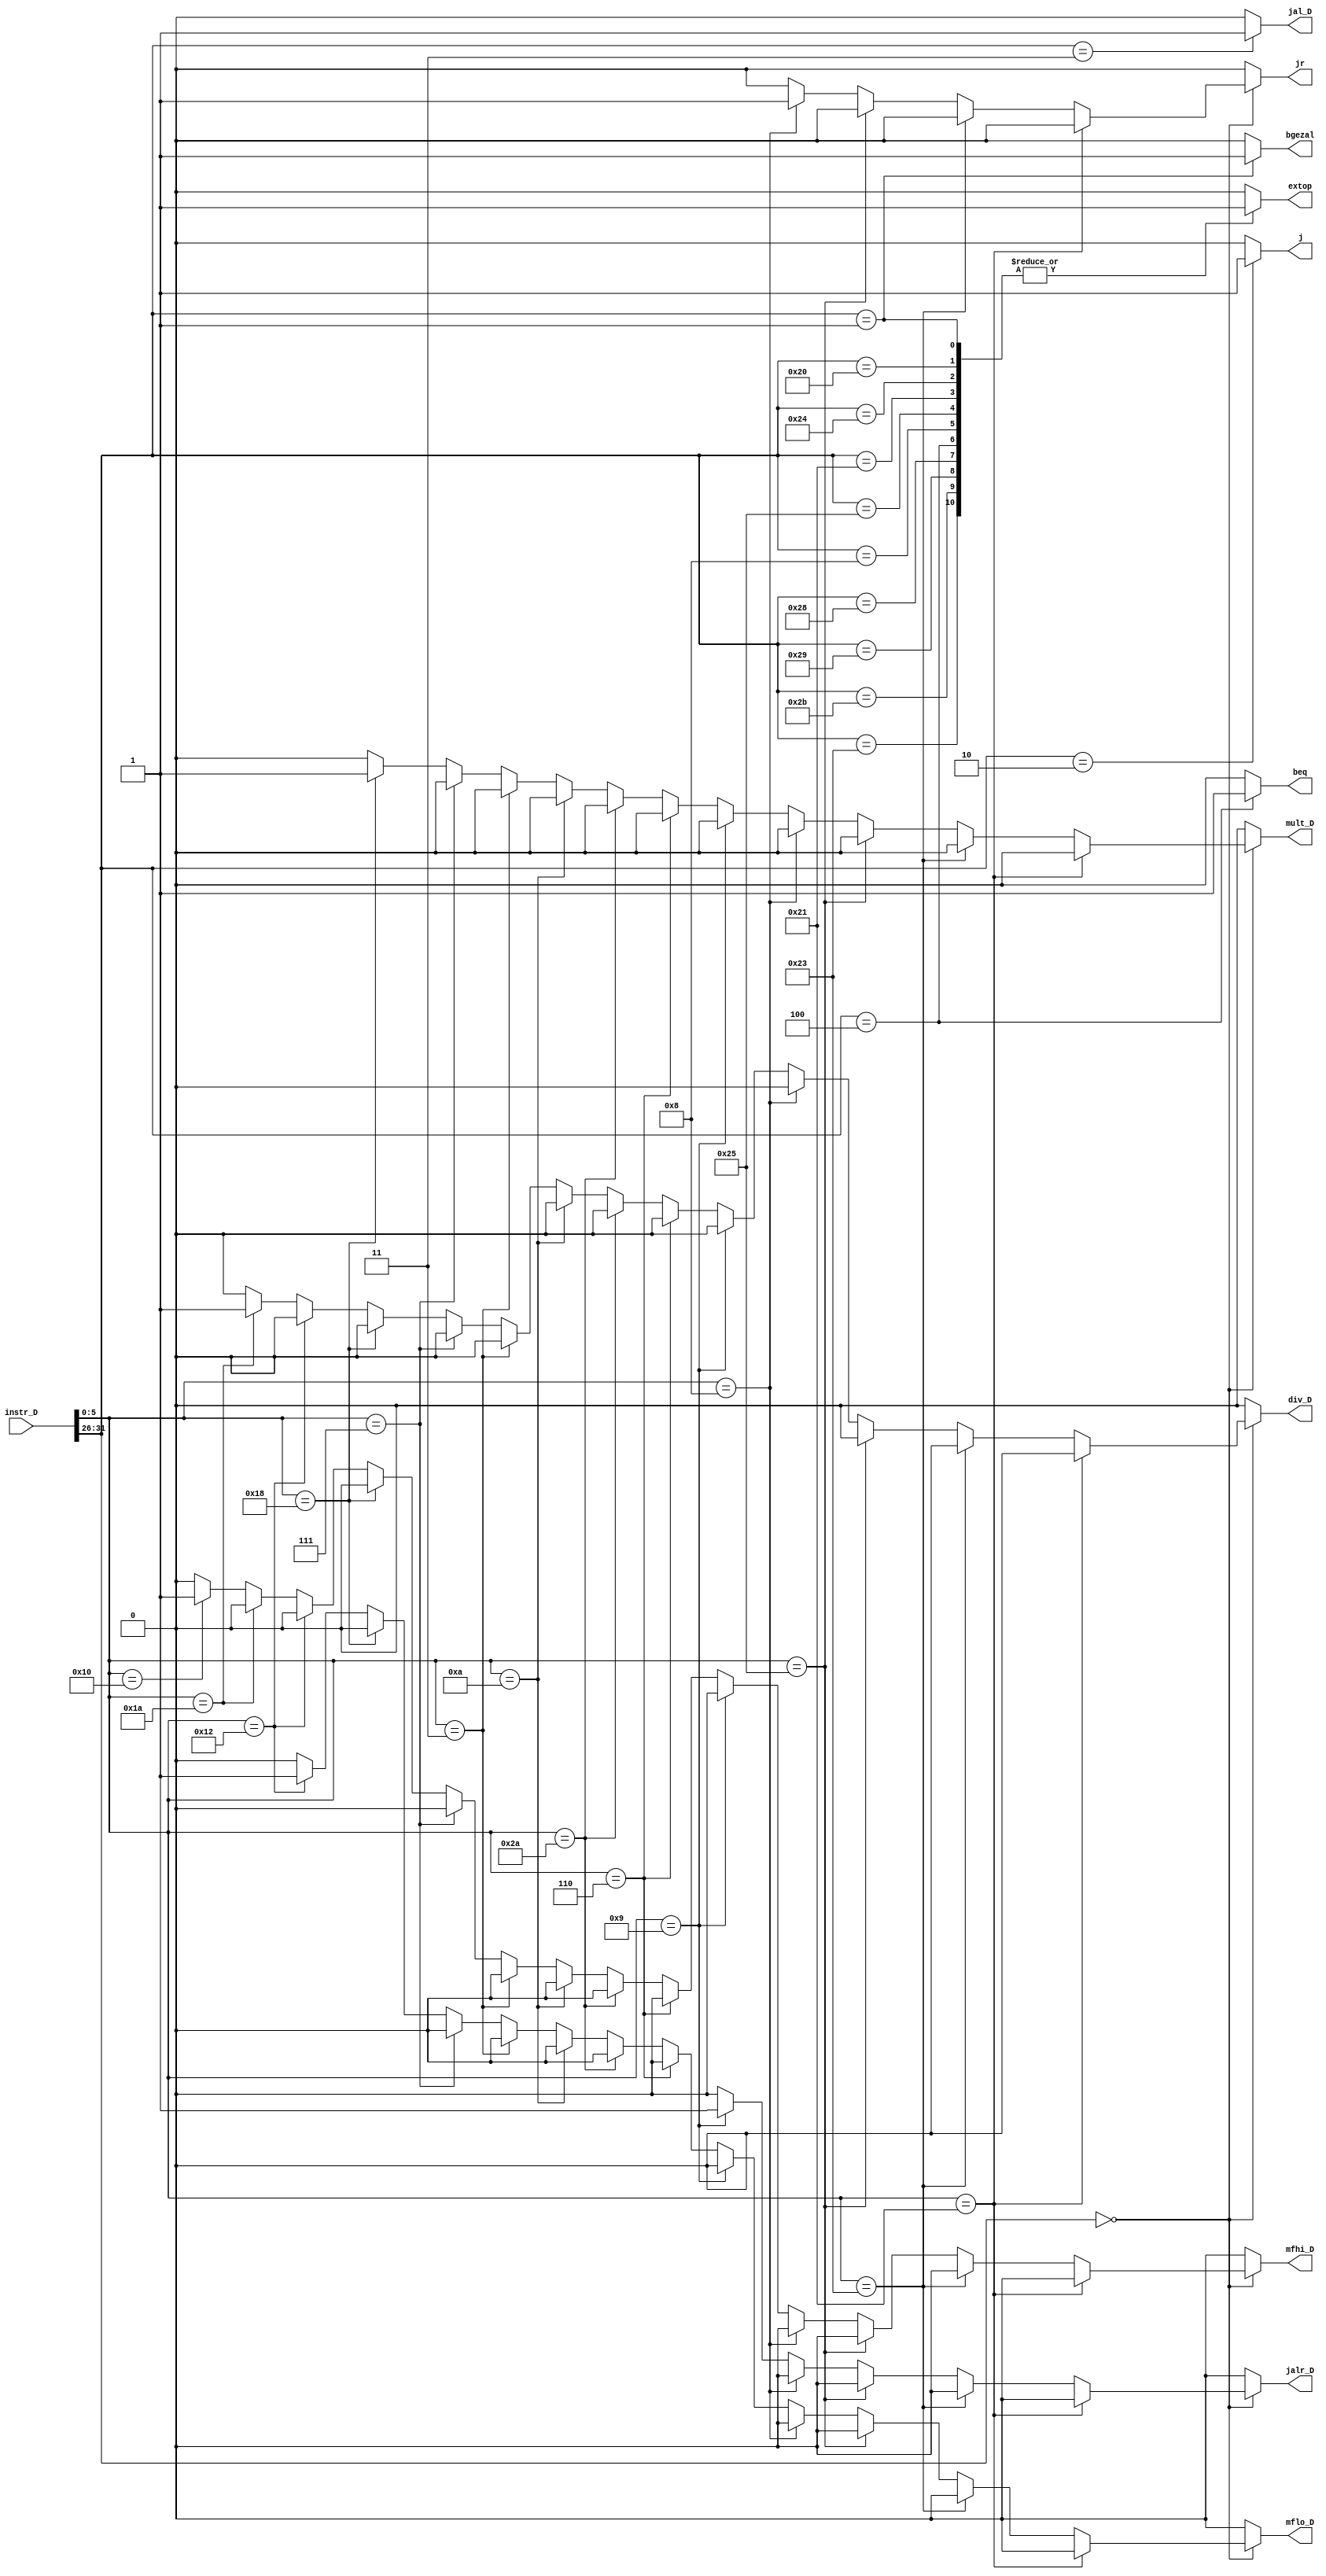
`timescale 1ns / 1ps
//////////////////////////////////////////////////////////////////////////////////
// Company: 
// Engineer: 
// 
// Design Name: 
// Module Name:    control 
// Project Name: 
// Target Devices: 
// Tool versions: 
// Description: 
//
// Dependencies: 
//
// Revision: 
// Revision 0.01 - File Created
// Additional Comments: 
//
//////////////////////////////////////////////////////////////////////////////////
module control(
    input [31:0] instr_D,
    //output reg [31:0] instr_E,
    output reg beq,
	 output reg jr,
	 output reg extop,
	 //output reg jal,
	 output reg j,
	 output reg jal_D,
	 output reg bgezal,
	 output reg mult_D,
	 output reg div_D,
	 output reg mflo_D,
	 output reg mfhi_D,
	 output reg jalr_D
    );
	 always @ * begin
		case(instr_D[31:26])
		6'b000000:begin
			if(instr_D[5:0]==6'b100001)begin
				beq = 0;
				extop = 0;
				jr = 0;
				//jal = 0;
				j = 0;
				jal_D = 0;
				jalr_D = 0;
				bgezal = 0;
				mult_D = 0;
				mflo_D = 0;
				div_D = 0;
				mfhi_D = 0;
			end
			else if(instr_D[5:0]==6'b100011)begin
				beq = 0;
				extop = 0;
				jr = 0;
				//jal = 0;
				j = 0;
				jal_D = 0;
				jalr_D = 0;
				bgezal = 0;
				mult_D = 0;
				mflo_D = 0;
				div_D = 0;
				mfhi_D = 0;
			end
			else if(instr_D[5:0]==6'b100101)begin
				beq = 0;
				extop = 0;
				jr = 0;
				//jal = 0;
				j = 0;
				jal_D = 0;
				jalr_D = 0;
				bgezal = 0;
				mult_D = 0;
				mflo_D = 0;
				div_D = 0;
				mfhi_D = 0;
			end
			else if(instr_D[5:0]==6'b001000)begin
				beq = 0;
				extop = 0;
				jr = 1;
				//jal = 0;
				j = 0;
				jal_D = 0;
				jalr_D = 0;
				bgezal = 0;
				mult_D = 0;
				mflo_D = 0;
				div_D = 0;
				mfhi_D = 0;
			end
			else if(instr_D[5:0]==6'b001001)begin
				beq = 0;
				extop = 0;
				jr = 0;
				//jal = 0;
				j = 0;
				jal_D = 0;
				jalr_D = 1;
				bgezal = 0;
				mult_D = 0;
				mflo_D = 0;
				div_D = 0;
				mfhi_D = 0;
			end
			else if(instr_D[5:0]==6'b000110)begin
				beq = 0;
				extop = 0;
				jr = 0;
				//jal = 0;
				j = 0;
				jal_D = 0;
				jalr_D = 0;
				bgezal = 0;
				mult_D = 0;
				mflo_D = 0;
				div_D = 0;
				mfhi_D = 0;
			end
			else if(instr_D[5:0]==6'b101010)begin
				beq = 0;
				extop = 0;
				jr = 0;
				//jal = 0;
				j = 0;
				jal_D = 0;
				jalr_D = 0;
				bgezal = 0;
				mult_D = 0;
				mflo_D = 0;
				div_D = 0;
				mfhi_D = 0;
			end
			else if(instr_D[5:0]==6'b001010)begin
				beq = 0;
				extop = 0;
				jr = 0;
				//jal = 0;
				j = 0;
				jal_D = 0;
				jalr_D = 0;
				bgezal = 0;
				mult_D = 0;
				mflo_D = 0;
				div_D = 0;
				mfhi_D = 0;
			end
			else if(instr_D[5:0]==6'b000011)begin
				beq = 0;
				extop = 0;
				jr = 0;
				//jal = 0;
				j = 0;
				jal_D = 0;
				jalr_D = 0;
				bgezal = 0;
				mult_D = 0;
				mflo_D = 0;
				div_D = 0;
				mfhi_D = 0;
			end
			else if(instr_D[5:0]==6'b000111)begin
				beq = 0;
				extop = 0;
				jr = 0;
				//jal = 0;
				j = 0;
				jal_D = 0;
				jalr_D = 0;
				bgezal = 0;
				mult_D = 0;
				mflo_D = 0;
				div_D = 0;
				mfhi_D = 0;
			end
			else if(instr_D[5:0]==6'b011000)begin
				beq = 0;
				extop = 0;
				jr = 0;
				//jal = 0;
				j = 0;
				jal_D = 0;
				jalr_D = 0;
				bgezal = 0;
				mult_D = 1;
				mflo_D = 0;
				div_D = 0;
				mfhi_D = 0;
			end
			else if(instr_D[5:0]==6'b010010)begin
				beq = 0;
				extop = 0;
				jr = 0;
				//jal = 0;
				j = 0;
				jal_D = 0;
				jalr_D = 0;
				bgezal = 0;
				mult_D = 0;
				mflo_D = 1;
				div_D = 0;
				mfhi_D = 0;
			end
			else if(instr_D[5:0]==6'b011010)begin
				beq = 0;
				extop = 0;
				jr = 0;
				//jal = 0;
				j = 0;
				jal_D = 0;
				jalr_D = 0;
				bgezal = 0;
				mult_D = 0;
				mflo_D = 0;
				div_D = 1;
				mfhi_D = 0;
			end
			else if(instr_D[5:0]==6'b010000)begin
				beq = 0;
				extop = 0;
				jr = 0;
				//jal = 0;
				j = 0;
				jal_D = 0;
				jalr_D = 0;
				bgezal = 0;
				mult_D = 0;
				mflo_D = 0;
				div_D = 0;
				mfhi_D = 1;
			end
			//else if(instr_D[5:0]==6'b)
			else begin
				beq = 0;
				extop = 0;
				jr = 0;
				//jal = 0;
				j = 0;
				jal_D = 0;
				jalr_D = 0;
				bgezal = 0;
				mult_D = 0;
				mflo_D = 0;
				div_D = 0;
				mfhi_D = 0;
			end
		end
		6'b001101:begin
			beq = 0;
			extop = 0;
			jr = 0;
			//jal = 0;
			j = 0;
			jal_D = 0;
			jalr_D = 0;
			bgezal = 0;
			mult_D = 0;
			mflo_D = 0;
			div_D = 0;
			mfhi_D = 0;
		end
		6'b001111:begin
			beq = 0;
			extop = 0;
			jr = 0;
			//jal = 0;
			j = 0;
			jal_D = 0;
			jalr_D = 0;
			bgezal = 0;
			mult_D = 0;
			mflo_D = 0;
			div_D = 0;
			mfhi_D = 0;
		end
		6'b100011:begin
			beq = 0;
			extop = 1;
			jr = 0;
			//jal = 0;
			j = 0;
			jal_D = 0;
			jalr_D = 0;
			bgezal = 0;
			mult_D = 0;
			mflo_D = 0;
			div_D = 0;
			mfhi_D = 0;
		end
		6'b101011:begin
			beq = 0;
			extop = 1;
			jr = 0;
			//jal = 0;
			j = 0;
			jal_D = 0;
			jalr_D = 0;
			bgezal = 0;
			mult_D = 0;
			mflo_D = 0;
			div_D = 0;
			mfhi_D = 0;
		end
		6'b101001:begin
			beq = 0;
			extop = 1;
			jr = 0;
			//jal = 0;
			j = 0;
			jal_D = 0;
			jalr_D = 0;
			bgezal = 0;
			mult_D = 0;
			mflo_D = 0;
			div_D = 0;
			mfhi_D = 0;
		end
		6'b101000:begin
			beq = 0;
			extop = 1;
			jr = 0;
			//jal = 0;
			j = 0;
			jal_D = 0;
			jalr_D = 0;
			bgezal = 0;
			mult_D = 0;
			mflo_D = 0;
			div_D = 0;
			mfhi_D = 0;
		end
		6'b000100:begin
			//instr_E = instr_D;
			beq = 1;
			extop = 1;/////0
			jr = 0;
			//jal = 0;
			j = 0;
			jal_D = 0;
			jalr_D = 0;
			bgezal = 0;
			mult_D = 0;
			mflo_D = 0;
			div_D = 0;
			mfhi_D = 0;
		end
		
		6'b000011:begin
			beq = 0;
			extop = 0;
			jr = 0;
			//jal = 1;
			j = 0;
			jal_D = 1;
			jalr_D = 0;
			bgezal = 0;
			mult_D = 0;
			mflo_D = 0;
			div_D = 0;
			mfhi_D = 0;
		end
		6'b000010:begin
			extop = 0;
			jr = 0;
			beq = 0;
			//jal = 0;
			j = 1;
			jal_D = 0;
			jalr_D = 0;
			bgezal = 0;
			mult_D = 0;
			mflo_D = 0;
			div_D = 0;
			mfhi_D = 0;
		end
		6'b001000:begin
			extop = 1;
			jr = 0;
			beq = 0;
			//jal = 0;
			j = 0;
			jal_D = 0;
			jalr_D = 0;
			bgezal = 0;
			mult_D = 0;
			mflo_D = 0;
			div_D = 0;
			mfhi_D = 0;
		end
		6'b000001:begin
			extop = 1;
			jr = 0;
			beq = 0;
			//jal = 0;
			j = 0;
			jal_D = 0;
			jalr_D = 0;
			bgezal = 1;
			mult_D = 0;
			mflo_D = 0;
			div_D = 0;
			mfhi_D = 0;
		end
		6'b100101:begin
			beq = 0;
			extop = 1;
			jr = 0;
			//jal = 0;
			j = 0;
			jal_D = 0;
			jalr_D = 0;
			bgezal = 0;
			mult_D = 0;
			mflo_D = 0;
			div_D = 0;
			mfhi_D = 0;
		end
		6'b100001:begin
			beq = 0;
			extop = 1;
			jr = 0;
			//jal = 0;
			j = 0;
			jal_D = 0;
			jalr_D = 0;
			bgezal = 0;
			mult_D = 0;
			mflo_D = 0;
			div_D = 0;
			mfhi_D = 0;
		end
		6'b100100:begin
			beq = 0;
			extop = 1;
			jr = 0;
			//jal = 0;
			j = 0;
			jal_D = 0;
			jalr_D = 0;
			bgezal = 0;
			mult_D = 0;
			mflo_D = 0;
			div_D = 0;
			mfhi_D = 0;
		end
		6'b100000:begin
			beq = 0;
			extop = 1;
			jr = 0;
			//jal = 0;
			j = 0;
			jal_D = 0;
			jalr_D = 0;
			bgezal = 0;
			mult_D = 0;
			mflo_D = 0;
			div_D = 0;
			mfhi_D = 0;
		end
		
		default:begin
			//instr_E = 0;
			extop = 0;
			jr = 0;
			beq = 0;
			//jal = 0;
			j = 0;
			jal_D = 0;
			jalr_D = 0;
			bgezal = 0;
			mult_D = 0;
			mflo_D = 0;
			div_D = 0;
			mfhi_D = 0;
		end
		endcase
	 end
	 
//assign jr=(op==6'b0&&func==6'b001000);

endmodule